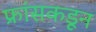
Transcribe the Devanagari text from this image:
फ्रांसकडून